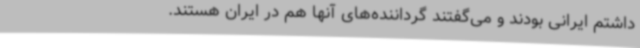
داشتم ایرانی بودند و می‌گفتند گرداننده‌های آنها هم در ایران هستند.